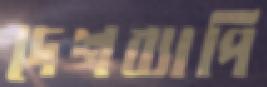
দেশব্যাপি